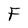
Character: F